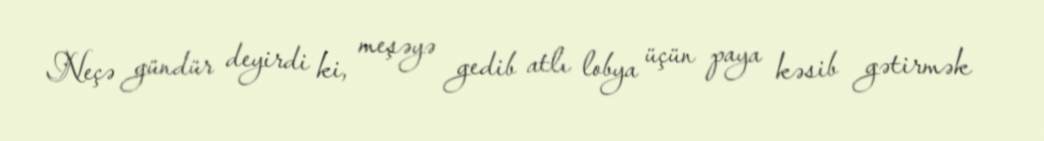
Neçə gündür deyirdi ki, meşəyə gedib atlı lobya üçün paya kəsib gətirmək